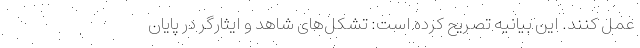
عمل کنند. این بیانیه تصریح کرده است: تشکل‌های شاهد و ایثارگر در پایان